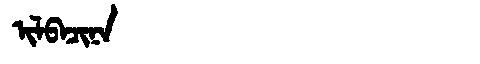
Manchu: ᡳᠯᠪᠠᠴᡳᠨᠠ
Romanization: ILBACINA